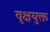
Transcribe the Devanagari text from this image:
वृक्षयुक्त